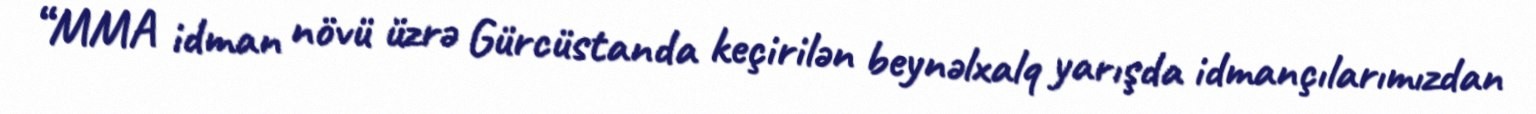
“MMA idman növü üzrə Gürcüstanda keçirilən beynəlxalq yarışda idmançılarımızdan